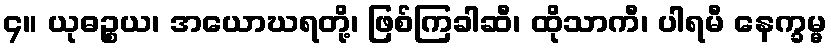
၄။ ယုဓဉ္စယ၊ အယောဃရတို့၊ ဖြစ်ကြခါဆီ၊ ထိုသာကီ၊ ပါရမီ နေက္ခမ္မ